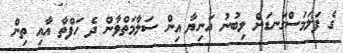
ގެ ފަލަމަސްގަނޑަށް ލިބުނު އަނިޔާ އިން ސަލާމަތްވާން ދެ ހަފްތާ އާއި ތިން